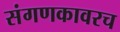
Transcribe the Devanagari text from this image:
संगणकावरच